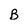
Character: B